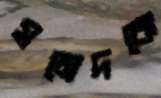
সমেদকে